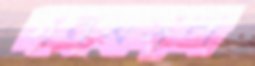
গনমঙ্গল